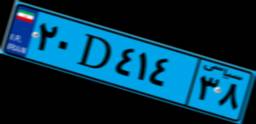
۲۰D۴۱۴۳۸